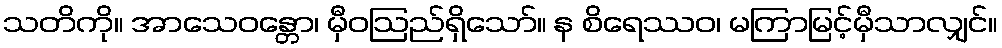
သတိကို။ အာသေဝန္တော၊ မှီဝဩည်ရှိသော်။ န စိရေဿဝ၊ မကြာမြင့်မှီသာလျှင်။